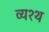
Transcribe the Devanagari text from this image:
व्यश्थ